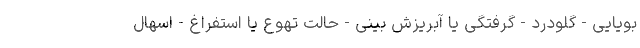
بویایی - گلودرد - گرفتگی یا آبریزش بینی - حالت تهوع یا استفراغ - اسهال